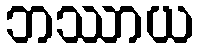
ဘဿာယ